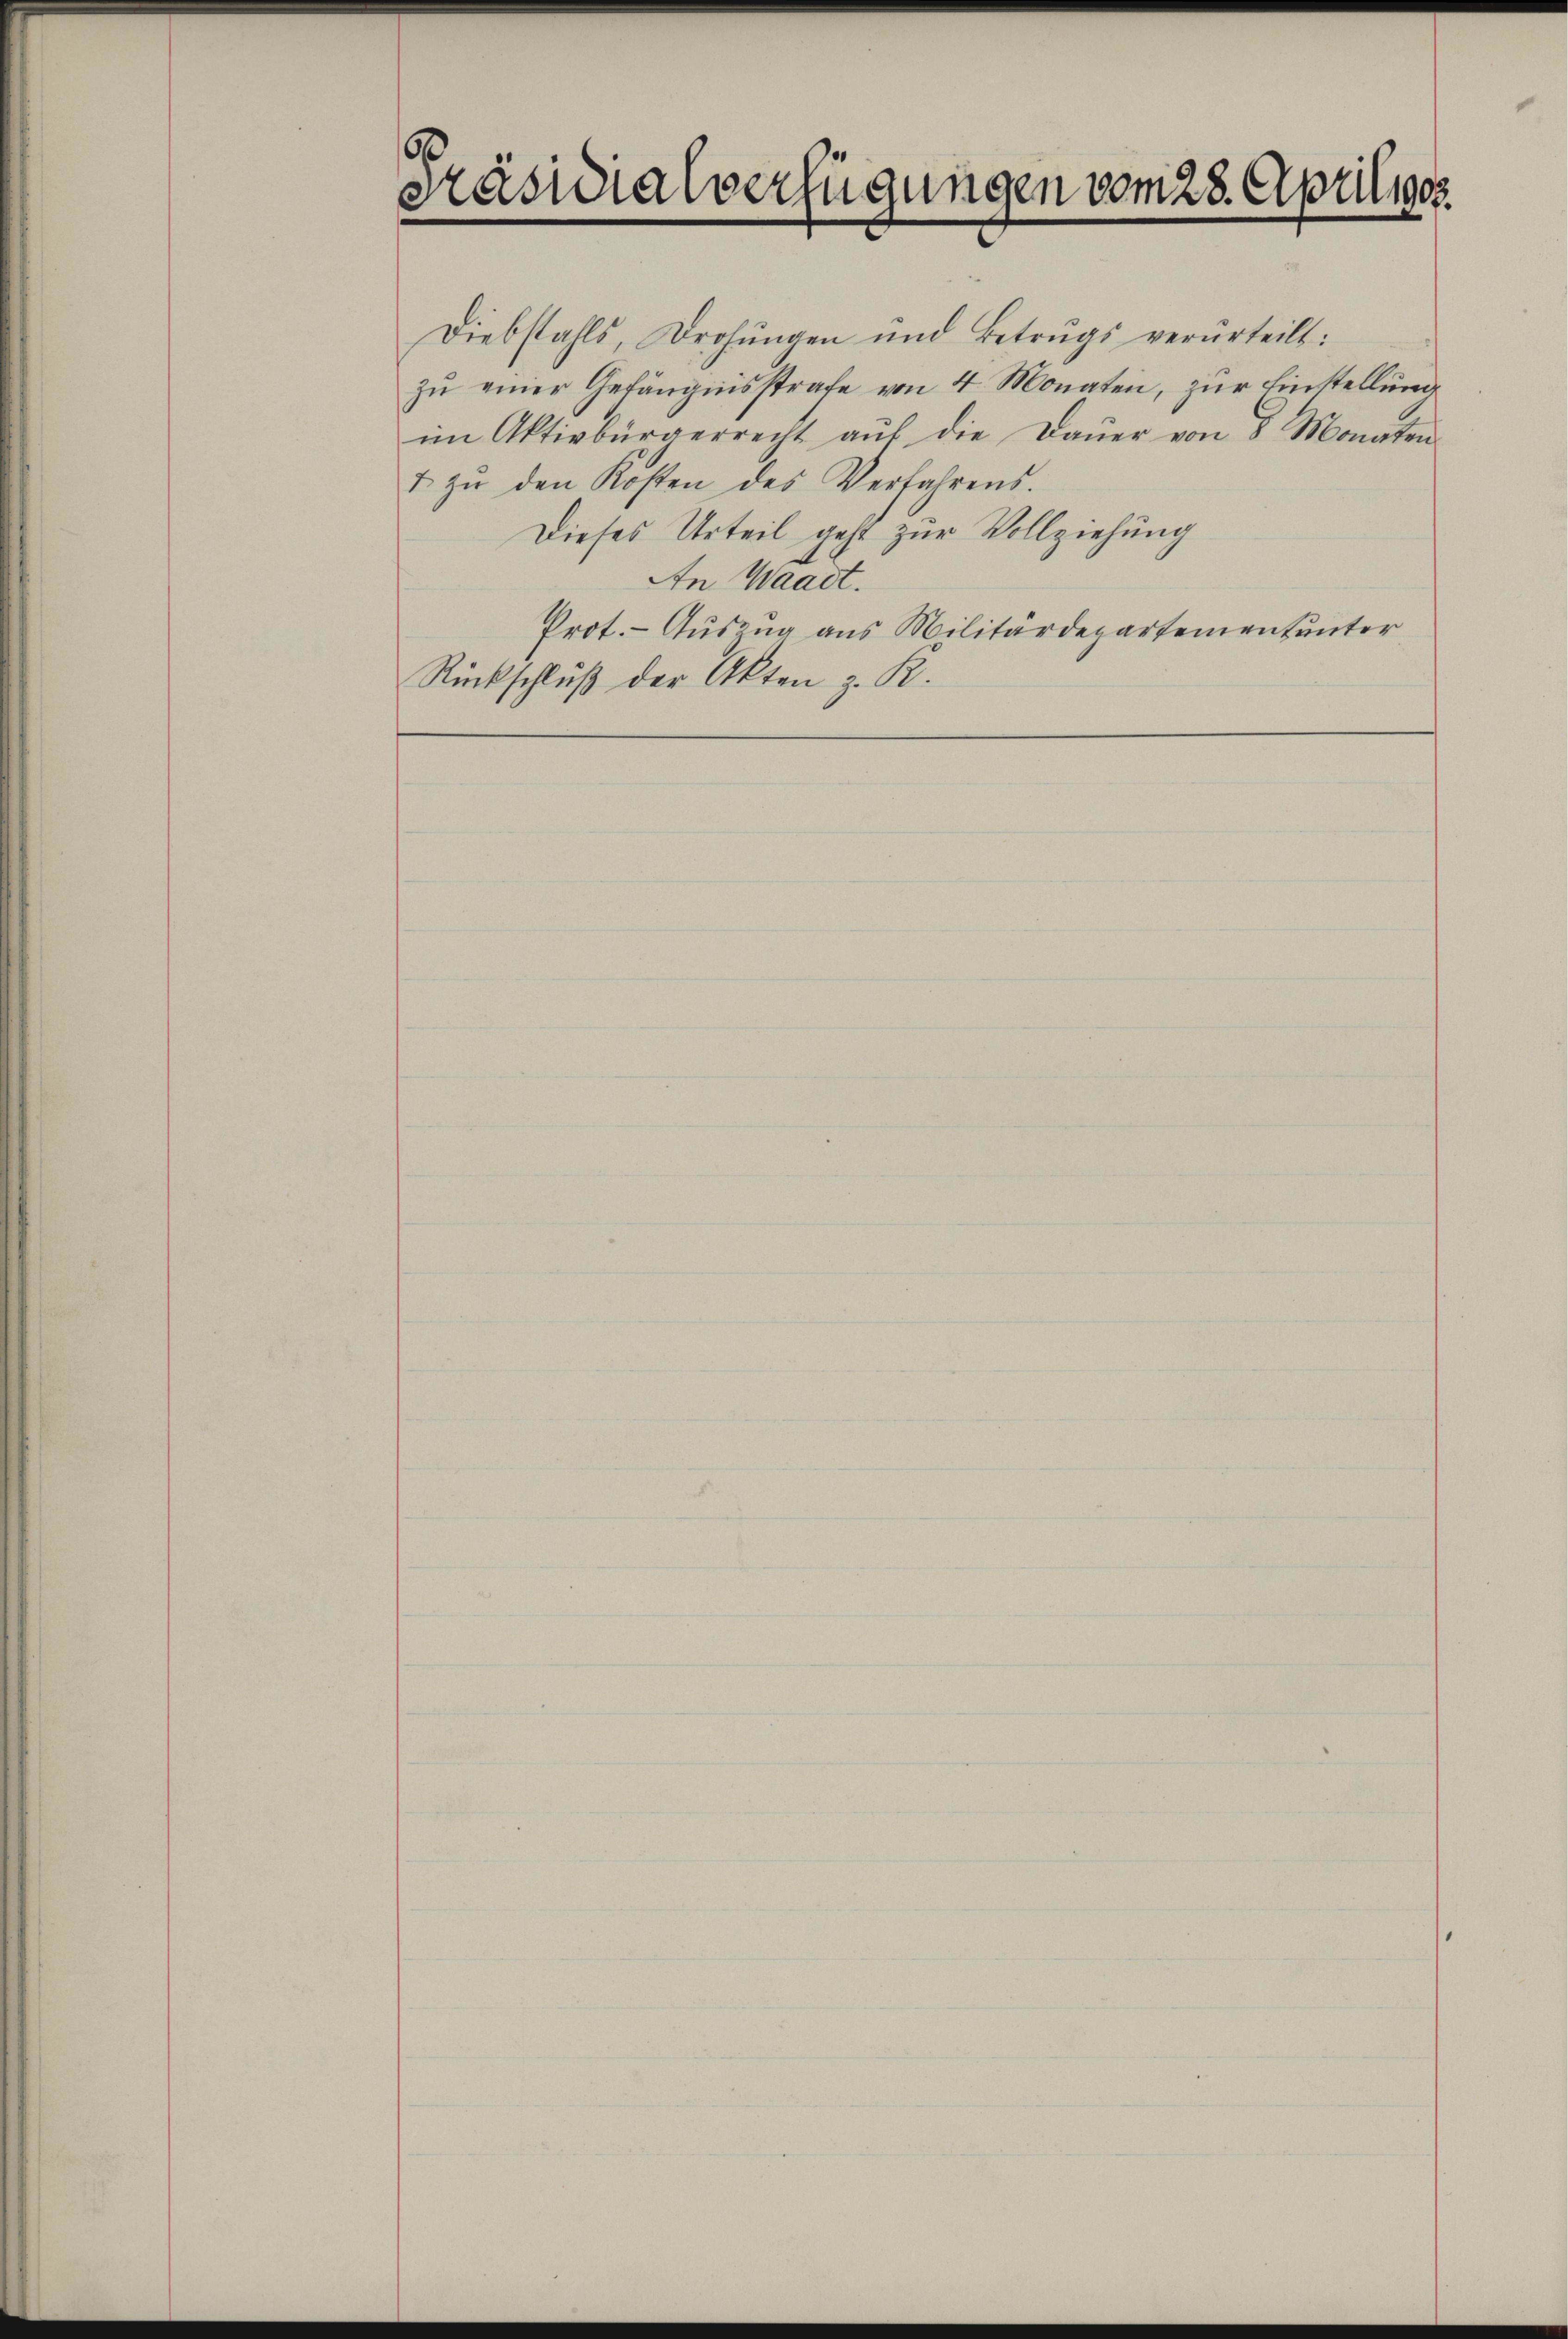
d
Präsidialverfügungen vom 28. Aprili908.

Diebstahls, Drohungen und Betrugs verurteilt:
zŭ einer Gefängnisstrafe von 4 Monaten, zur Einstellung
im Aktivbürgerrecht aus die Daŭer von 8 Monaten.
 zŭ den Kosten des Verfahrens.
Dieses Urteil geht zur Vollziehung
An Waadt.
Prot. - Auszug aus Militärdepartement unter
Rückschluß der Akten z. R.